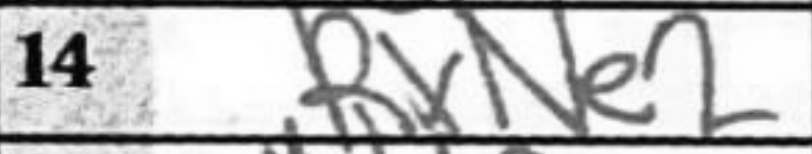
Transcription: RxNe2